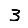
Digit: 3